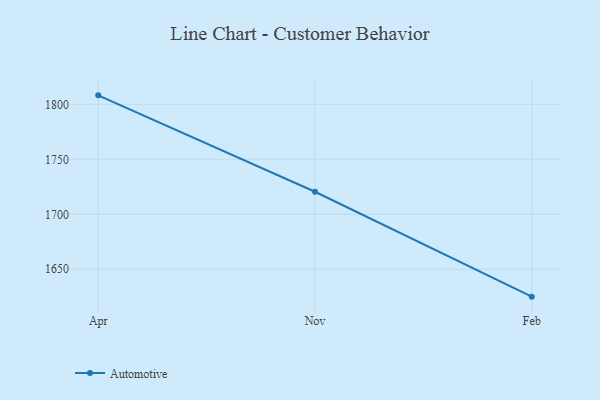
{"axis": {"x": "Month", "y": "Operating Costs (USD K)"}, "legend": ["Automotive"], "data": [{"x": "Apr", "y": 1808.2, "type": "Automotive"}, {"x": "Nov", "y": 1720.5, "type": "Automotive"}, {"x": "Feb", "y": 1625.1, "type": "Automotive"}]}